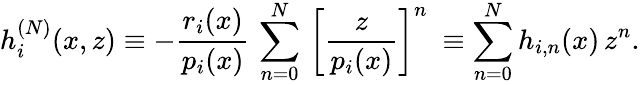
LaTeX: h_{i}^{(N)}(x,z)\equiv-\frac{r_{i}(x)}{p_{i}(x)}\, \sum_{n=0}^{N}\, {\left[\frac{z}{p_{i}(x)}\right]}^{n}\ \equiv\sum_{n=0}^{N}h_{i,n}(x)\, z^{n}.